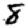
Digit: 8